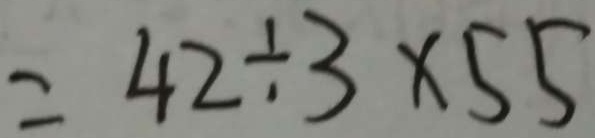
= 4 2 \div 3 \times 5 5